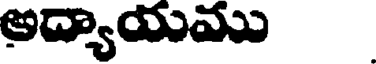
అద్యాయము